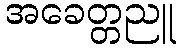
အခေတ္တညူ